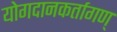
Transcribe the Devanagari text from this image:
योगदानकर्तागण्